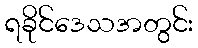
ရခိုင်ဒေသအတွင်း